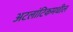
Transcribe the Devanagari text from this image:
अटलांटिकमधील